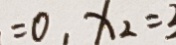
= 0 , x _ { 2 } = 3